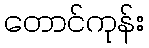
တောင်ကုန်း